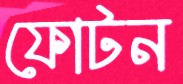
ফোটন